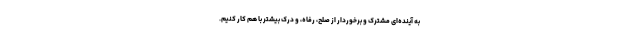
به آینده‌ای مشترک و برخوردار از صلح، رفاه، و درک بیشتر با هم کار کنیم.